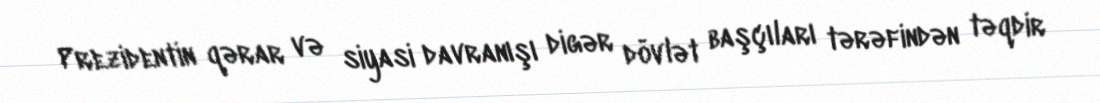
Prezidentin qərar və siyasi davranışı digər dövlət başçıları tərəfindən təqdir